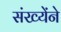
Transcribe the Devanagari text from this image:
संख्येंने